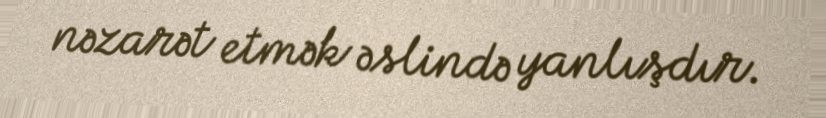
nəzarət etmək əslində yanlışdır.